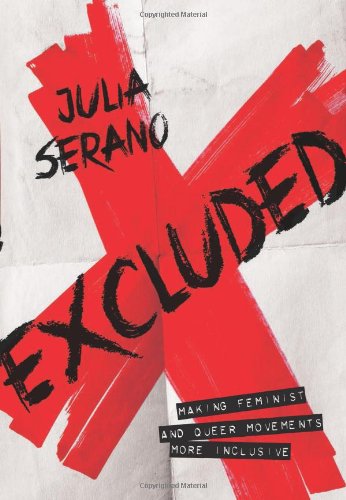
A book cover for Excluded: Making Feminist and Queer Movements More Inclusive; Julia Serano; Politics & Social Sciences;